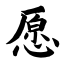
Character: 愿